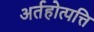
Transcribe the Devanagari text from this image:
अर्तहोत्पत्ति